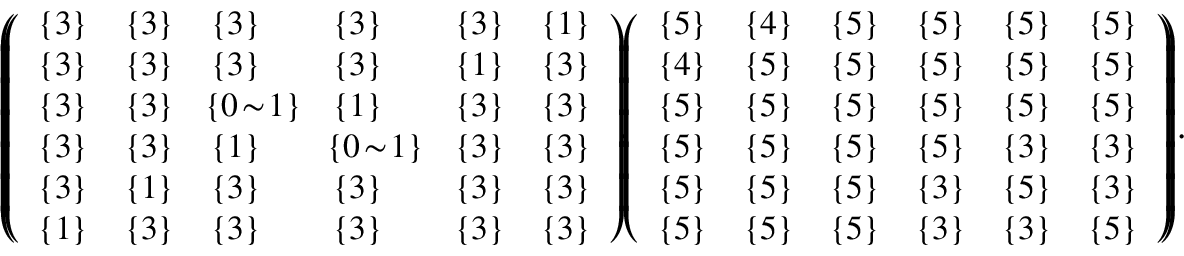
\begin{array} { r l } & { \small { \left( \! \! \left( \begin{array} { l l l l l l } { \{ 3 \} } & { \{ 3 \} } & { \{ 3 \} } & { \{ 3 \} } & { \{ 3 \} } & { \{ 1 \} } \\ { \{ 3 \} } & { \{ 3 \} } & { \{ 3 \} } & { \{ 3 \} } & { \{ 1 \} } & { \{ 3 \} } \\ { \{ 3 \} } & { \{ 3 \} } & { \! \{ 0 \! \sim \! 1 \} \! } & { \{ 1 \} } & { \{ 3 \} } & { \{ 3 \} } \\ { \{ 3 \} } & { \{ 3 \} } & { \{ 1 \} } & { \! \{ 0 \! \sim \! 1 \} \! } & { \{ 3 \} } & { \{ 3 \} } \\ { \{ 3 \} } & { \{ 1 \} } & { \{ 3 \} } & { \{ 3 \} } & { \{ 3 \} } & { \{ 3 \} } \\ { \{ 1 \} } & { \{ 3 \} } & { \{ 3 \} } & { \{ 3 \} } & { \{ 3 \} } & { \{ 3 \} } \end{array} \right) \! \! , \! \! \left( \begin{array} { l l l l l l } { \{ 5 \} } & { \{ 4 \} } & { \{ 5 \} } & { \{ 5 \} } & { \{ 5 \} } & { \{ 5 \} } \\ { \{ 4 \} } & { \{ 5 \} } & { \{ 5 \} } & { \{ 5 \} } & { \{ 5 \} } & { \{ 5 \} } \\ { \{ 5 \} } & { \{ 5 \} } & { \{ 5 \} } & { \{ 5 \} } & { \{ 5 \} } & { \{ 5 \} } \\ { \{ 5 \} } & { \{ 5 \} } & { \{ 5 \} } & { \{ 5 \} } & { \{ 3 \} } & { \{ 3 \} } \\ { \{ 5 \} } & { \{ 5 \} } & { \{ 5 \} } & { \{ 3 \} } & { \{ 5 \} } & { \{ 3 \} } \\ { \{ 5 \} } & { \{ 5 \} } & { \{ 5 \} } & { \{ 3 \} } & { \{ 3 \} } & { \{ 5 \} } \end{array} \right) \! \! \right) \! . } } \end{array}